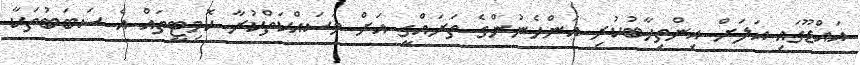
އައްޑޫގައި އަލަށް އިންތިހާބުކުރި އަންހެނުންގެ ތަރައްގީ އަށް މަސައްކަތްކުރާ ކޮމިޓީތައް އެ ސަބަބުތަކާ